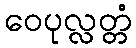
ဝေပုလ္လတ္တံ